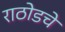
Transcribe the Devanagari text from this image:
राठोडचे